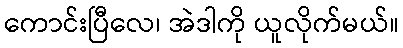
ကောင်းပြီလေ၊ အဲဒါကို ယူလိုက်မယ်။